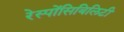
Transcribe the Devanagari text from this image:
रेस्पोंसिबिलिटी